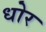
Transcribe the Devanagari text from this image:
धोर